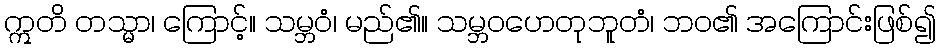
ဣတိ တသ္မာ၊ ကြောင့်။ သမ္ဘဝံ၊ မည်၏။ သမ္ဘဝဟေတုဘူတံ၊ ဘဝ၏ အကြောင်းဖြစ်၍